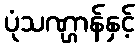
ပုံသဏ္ဌာန်နှင့်